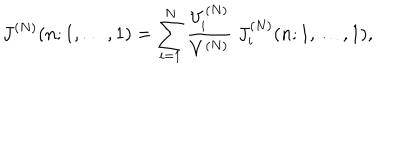
LaTeX: J ^ { ( N ) } ( n ; 1 , \ldots , 1 ) = \sum _ { i = 1 } ^ { N } \frac { V _ { i } ^ { ( N ) } } { V ^ { ( N ) } } \; J _ { i } ^ { ( N ) } ( n ; 1 , \ldots , 1 ) ,